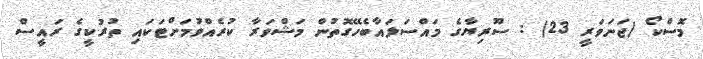
މޮސްކޯ (ޖަނަވަރީ 23) : ސޫރިޔާގެ މައްސަލައާބެހޭގޮތުން މަޝްވަރާ ކުރެއްވުމަށްޓަކައި ތުރުކީގެ ރައީސް